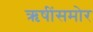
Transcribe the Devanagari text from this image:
ऋषींसमोर